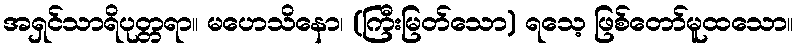
အရှင်သာရိပုတ္တရာ။ မဟေသိနော၊ (ကြီးမြတ်သော) ရသေ့ ဖြစ်တော်မူထသော။